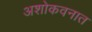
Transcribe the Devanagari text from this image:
अशोकवनात